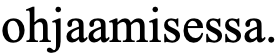
ohjaamisessa.